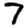
Digit: 7